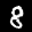
Label: 8